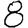
Digit: 8